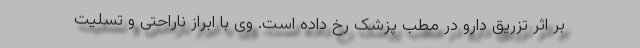
بر اثر تزریق دارو در مطب پزشک رخ داده است. وی با ابراز ناراحتی و تسلیت